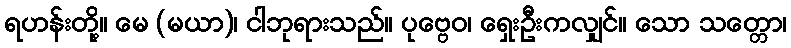
ရဟန်းတို့။ မေ (မယာ)၊ ငါဘုရားသည်။ ပုဗ္ဗေဝ၊ ရှေးဦးကလျှင်။ သော သတ္တော၊